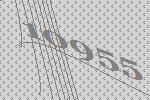
10955